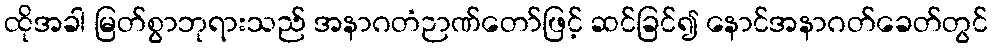
ထိုအခါ မြတ်စွာဘုရားသည် အနာဂတံဉာဏ်တော်ဖြင့် ဆင်ခြင်၍ နောင်အနာဂတ်ခေတ်တွင်